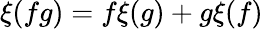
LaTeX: \xi(fg)=f\xi(g)+g\xi(f)